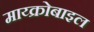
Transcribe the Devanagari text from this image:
माय्क्रोबाइल